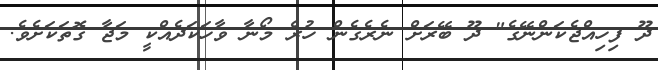
ދޫ ފިހިއްޖެކަންނޭގެ" ދޫ ބޭރަށް ނެރެގެން ހުރެ މޯނާ ވާހަކަދެއްކީ މަޖާ ގޮތަކަށެވެ.